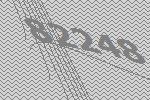
82248